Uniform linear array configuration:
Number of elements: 24
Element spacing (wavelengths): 0.5
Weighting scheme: kaiser
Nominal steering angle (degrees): -45
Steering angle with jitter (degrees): -43.76
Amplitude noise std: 0.05
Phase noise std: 0.05

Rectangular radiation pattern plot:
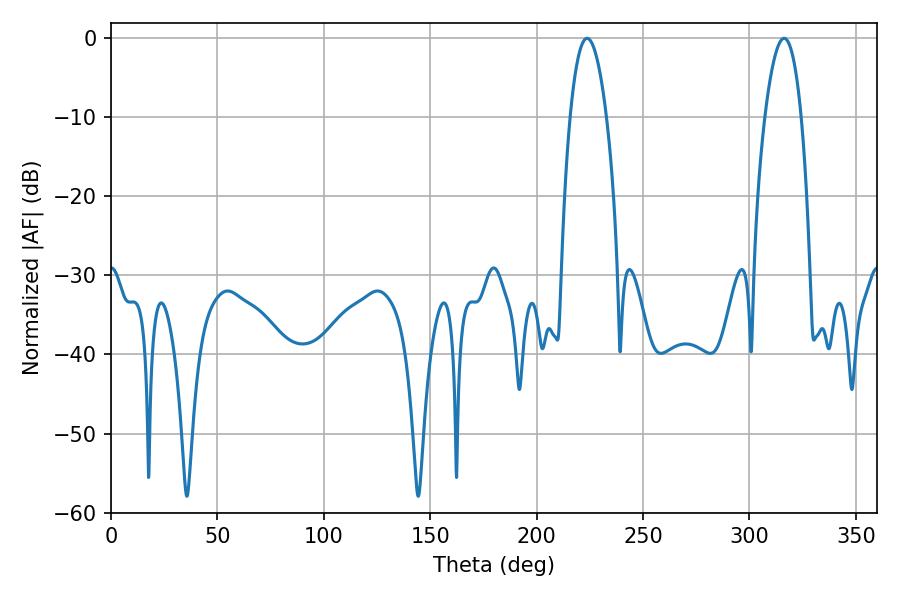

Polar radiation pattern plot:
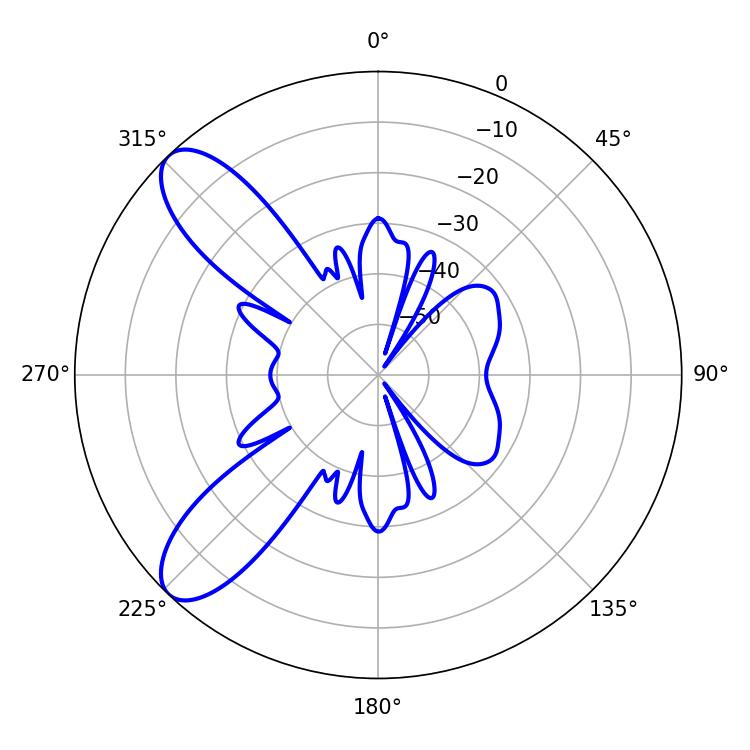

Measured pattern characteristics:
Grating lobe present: FALSE
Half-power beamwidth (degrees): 9.36
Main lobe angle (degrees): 223.74